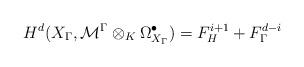
LaTeX: \begin{align*}H^{d}(X_{\Gamma},{\mathcal {M}}^{\Gamma}\otimes_K\Omega^{\bullet}_{{X}_{\Gamma}} )=F_H^{i+1}+ F_{\Gamma}^{d-i}\end{align*}